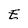
Character: E